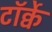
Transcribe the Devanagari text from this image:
टॉर्क्वे